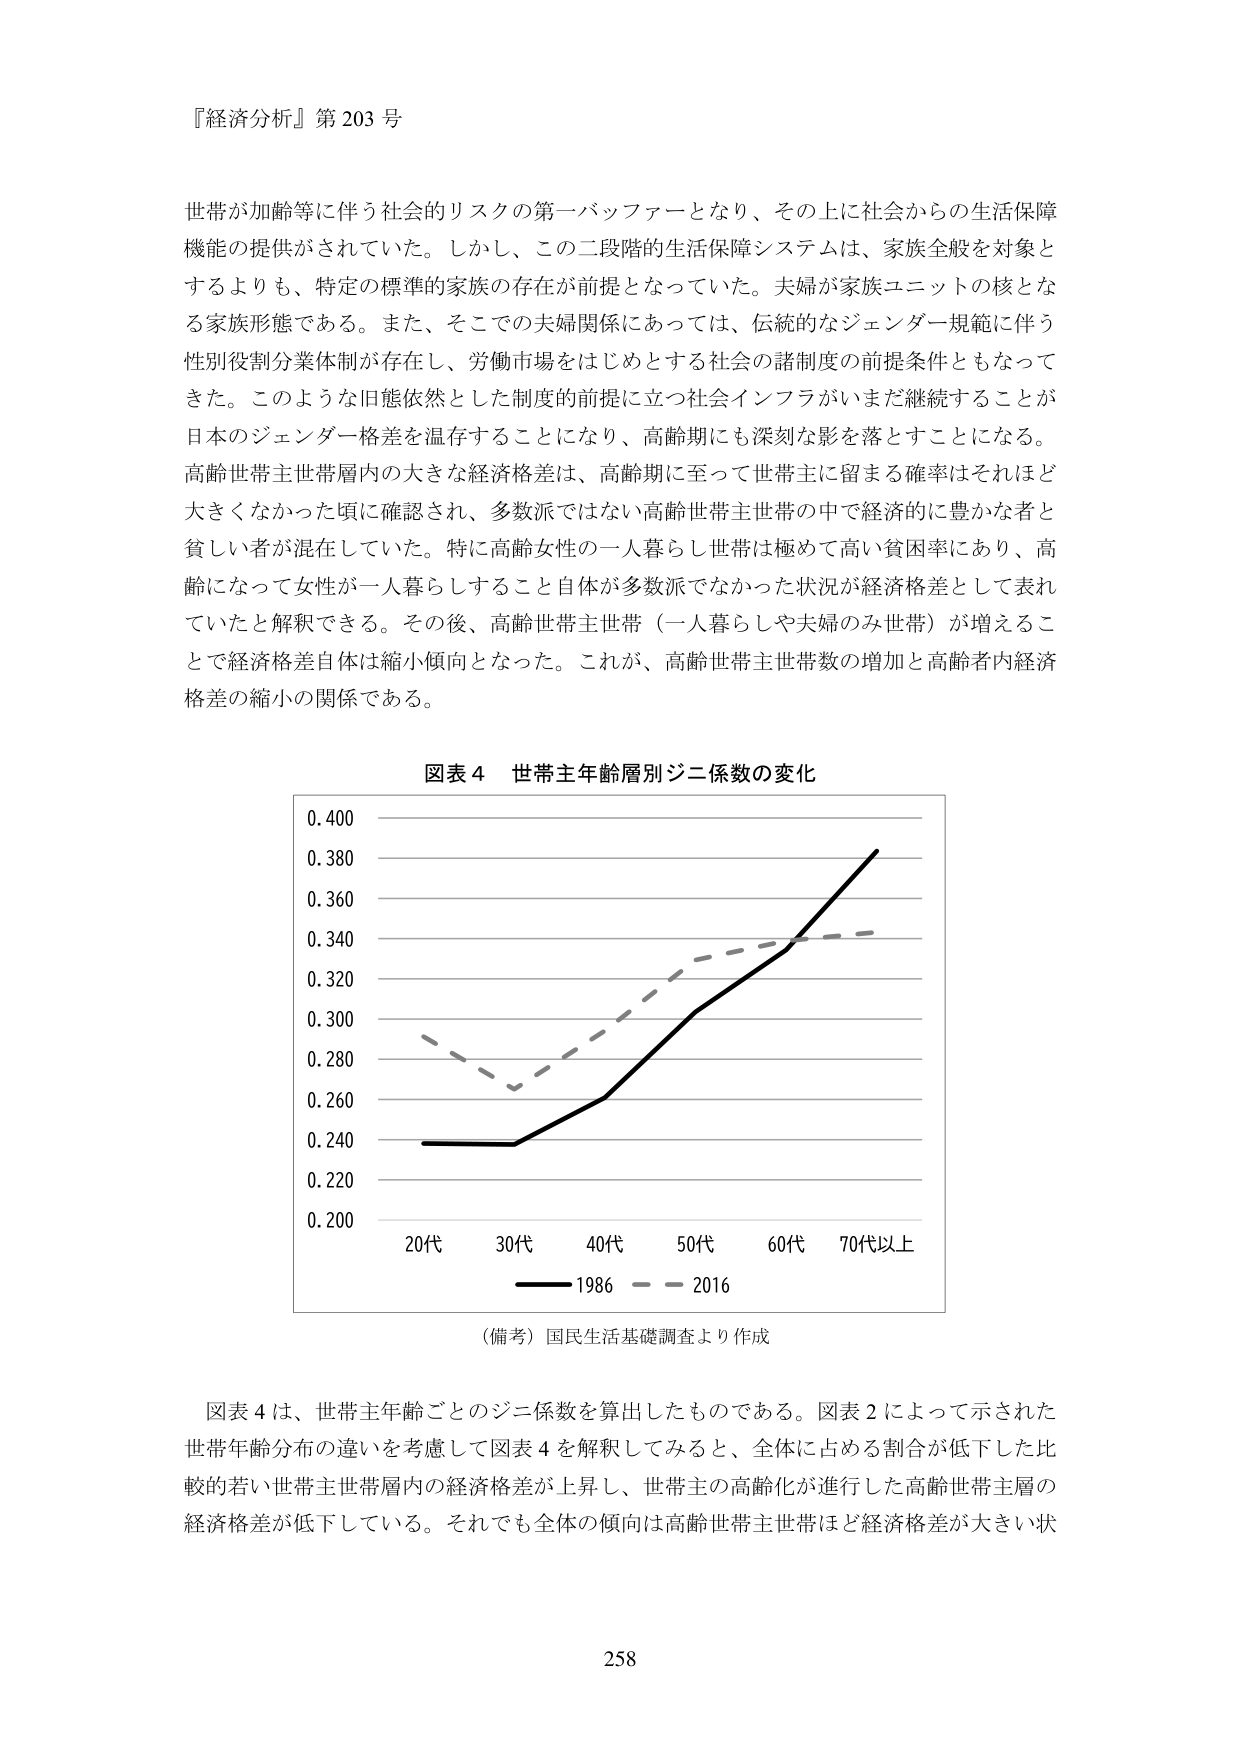
『経済分析』第203号

世帯が加齢等に伴う社会的リスクの第一バッファーとなり、その上に社会からの生活保障機能の提供がされていた。しかし、この二段階的生活保障システムは、家族全般を対象とするよりも、特定の標準的家族の存在が前提となっていた。夫婦が家族ユニットの核となる家族形態である。また、そこでの夫婦関係にあっては、伝統的なジェンダー規範に伴う性別役割分業体制が存在し、労働市場をはじめとする社会の諸制度の前提条件ともなってきた。このような旧態依然とした制度的前提に立つ社会インフラがいまだ継続することが日本のジェンダー格差を温存することになり、高齢期にも深刻な影を落とすことになる。高齢世帯主世帯層内の大きな経済格差は、高齢期に至って世帯主に留まる確率はそれほど大きくなかった頃に確認され、多数派ではない高齢世帯主世帯の中で経済的に豊かな者と貧しい者が混在していた。特に高齢女性の一人暮らし世帯は極めて高い貧困率にあり、高齢になって女性が一人暮らしすること自体が多数派でなかった状況が経済格差として表れていたと解釈できる。その後、高齢世帯主世帯（一人暮らしや夫婦のみ世帯）が増えることで経済格差自体は縮小傾向となった。これが、高齢世帯主世帯数の増加と高齢者内経済格差の縮小の関係である。

図表4 世帯主年齢層別ジニ係数の変化

0.400
0.380
0.360
0.340
0.320
0.300
0.280
0.260
0.240
0.220
0.200

20代 30代 40代 50代 60代 70代以上
―― 1986 —— 2016

（備考）国民生活基礎調査より作成

図表4は、世帯主年齢ごとのジニ係数を算出したものである。図表2によって示された世帯年齢分布の違いを考慮して図表4を解釈してみると、全体に占める割合が低下した比較的若い世帯主世帯層内の経済格差が上昇し、世帯主の高齢化が進行した高齢世帯主層の経済格差が低下している。それでも全体の傾向は高齢世帯主世帯ほど経済格差が大きい状

258